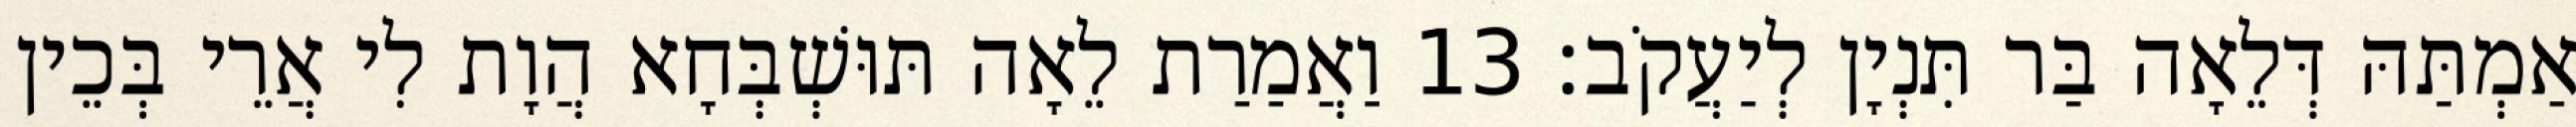
אַמְתַּהּ דְּלֵאָה בַּר תִּנְיָן לְיַעֲקֹב׃ 13 וַאֲמַרַת לֵאָה תּוּשְׁבְּחָא הֲוָת לִי אֲרֵי בְּכֵין